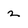
Character: 2